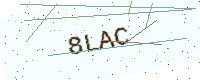
Text: 8LAC